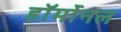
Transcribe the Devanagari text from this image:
हॉर्मोनल